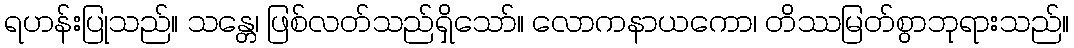
ရဟန်းပြုသည်။ သန္တေ၊ ဖြစ်လတ်သည်ရှိသော်။ လောကနာယကော၊ တိဿမြတ်စွာဘုရားသည်။